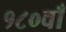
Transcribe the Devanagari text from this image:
१८०वाँ